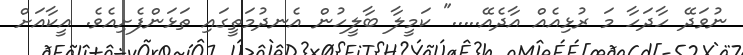
ނުވަދޭ ހާދަހާ މަ ރުޅިއެއް އާދެއޭ....." ކަމީލާ ބާލީހުން އެނދުމަތީގައި ތަޅަންފެށިއެވެ. އީކާއަށް